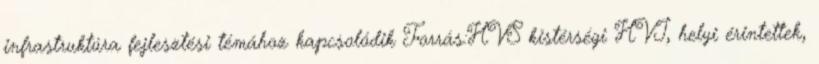
infrastruktúra fejlesztési témához kapcsolódik Forrás:HVS kistérségi HVI, helyi érintettek,